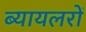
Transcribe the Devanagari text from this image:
ब्यायलरों